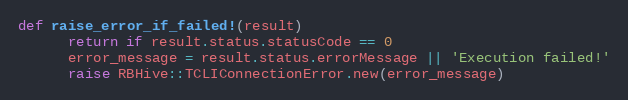
Language: Ruby
def raise_error_if_failed!(result)
      return if result.status.statusCode == 0
      error_message = result.status.errorMessage || 'Execution failed!'
      raise RBHive::TCLIConnectionError.new(error_message)